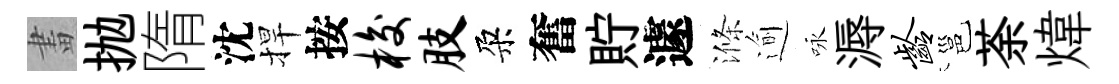
畫抛隋沈捍按梭肢朶奮貯遽滌逾咏溽龄邕荼煒